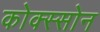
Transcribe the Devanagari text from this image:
कोक्स्सोन